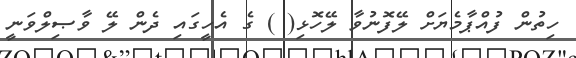
ހިތުން ފުއްޕާމެޔަށް ލޭފޮނުވާ ލޭހޮޅި( ) ގެ އެހީގައި ދެން ލޭ ވާޞިލްވަނީ